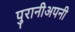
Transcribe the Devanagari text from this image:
पुरानीअपनी